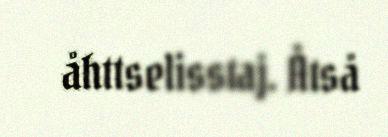
åhttselisstaj. Åtså